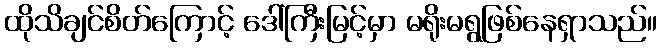
ထိုသိချင်စိတ်ကြောင့် ဒေါ်ကြီးမြင့်မှာ မရိုးမရွဖြစ်နေရှာသည်။